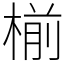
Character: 椾